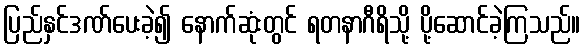
ပြည်နှင်ဒဏ်ပေးခဲ့၍ နောက်ဆုံးတွင် ရတနာဂီရိသို့ ပို့ဆောင်ခဲ့ကြသည်။